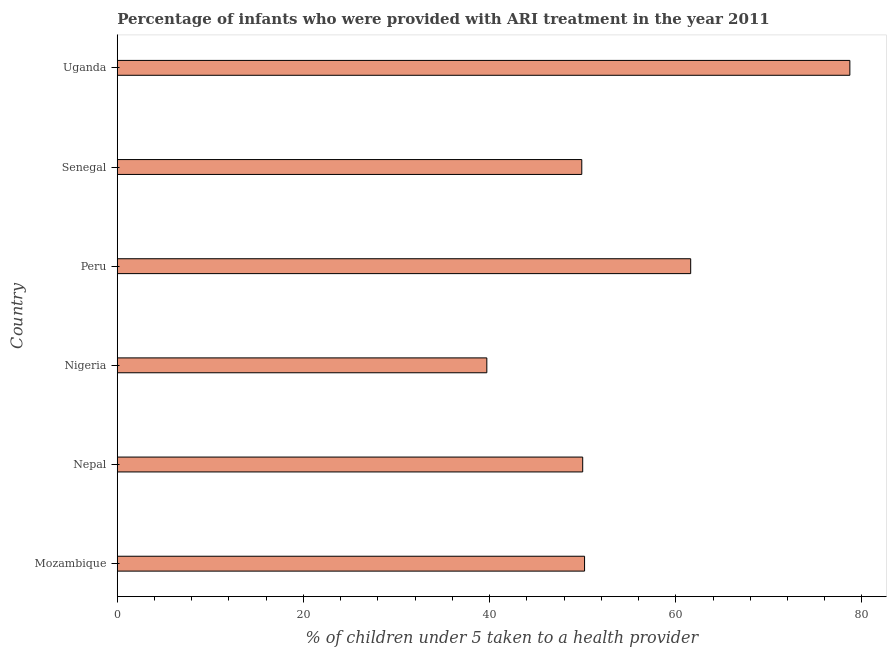
| Country | ARI treatment |
 | --- | --- |
 | Mozambique | 50.2 |
 | Nepal | 50 |
 | Nigeria | 39.7 |
 | Peru | 61.6 |
 | Senegal | 49.9 |
 | Uganda | 78.7 |